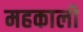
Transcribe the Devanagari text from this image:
महकाली